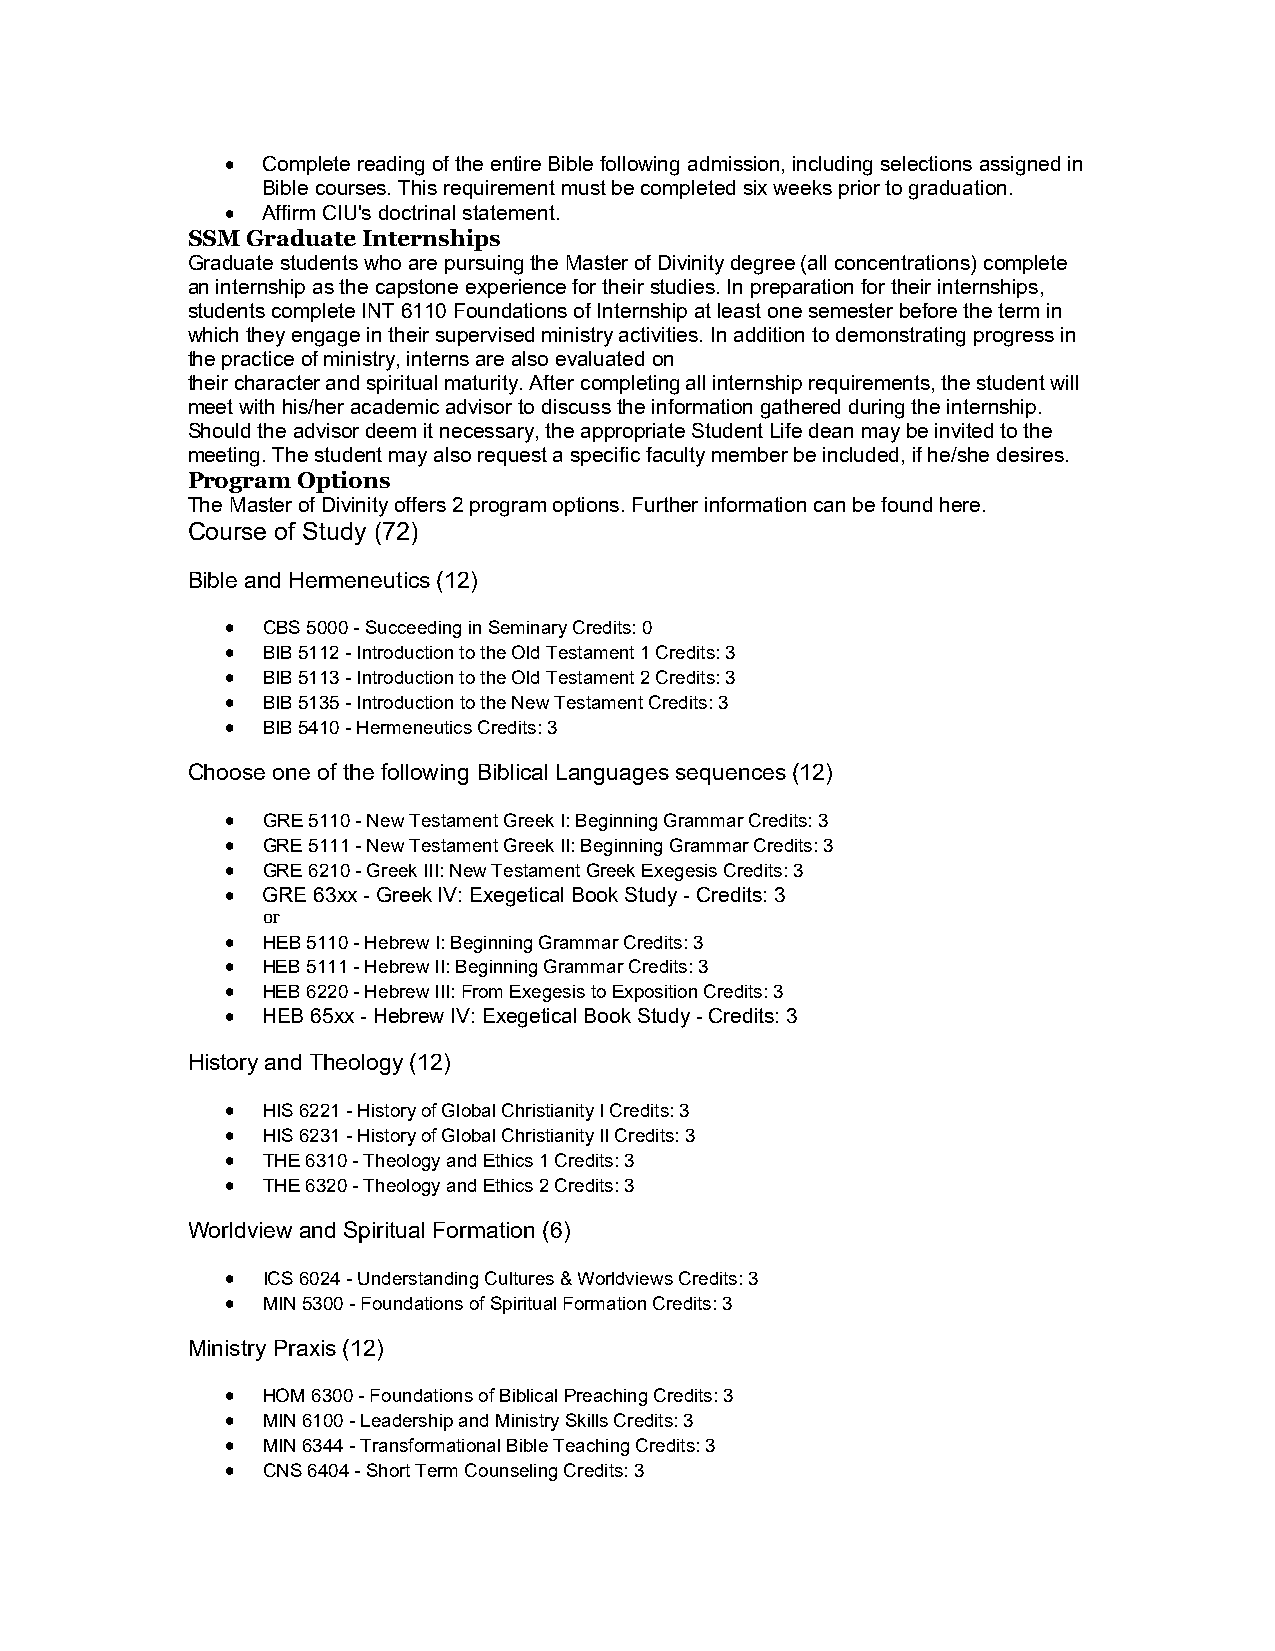
 Complete reading of the entire Bible following admission, including selections assigned in
 Bible courses. This requirement must be completed six weeks prior to graduation.
  Affirm CIU's doctrinal statement.
 SSM Graduate Internships
 Graduate students who are pursuing the Master of Divinity degree (all concentrations) complete
 an internship as the capstone experience for their studies. In preparation for their internships,
 students complete INT 6110 Foundations of Internship at least one semester before the term in
 which they engage in their supervised ministry activities. In addition to demonstrating progress in
 the practice of ministry, interns are also evaluated on
 their character and spiritual maturity. After completing all internship requirements, the student will
 meet with his/her academic advisor to discuss the information gathered during the internship.
 Should the advisor deem it necessary, the appropriate Student Life dean may be invited to the
 meeting. The student may also request a specific faculty member be included, if he/she desires.
 Program Options
 The Master of Divinity offers 2 program options. Further information can be found here.
 Course of Study (72)
 Bible and Hermeneutics (12)
  CBS 5000 - Succeeding in Seminary Credits: 0
  BIB 5112 - Introduction to the Old Testament 1 Credits: 3
  BIB 5113 - Introduction to the Old Testament 2 Credits: 3
  BIB 5135 - Introduction to the New Testament Credits: 3
  BIB 5410 - Hermeneutics Credits: 3
 Choose one of the following Biblical Languages sequences (12)
  GRE 5110 - New Testament Greek I: Beginning Grammar Credits: 3
  GRE 5111 - New Testament Greek II: Beginning Grammar Credits: 3
  GRE 6210 - Greek III: New Testament Greek Exegesis Credits: 3
  GRE 63xx - Greek IV: Exegetical Book Study - Credits: 3
 or
  HEB 5110 - Hebrew I: Beginning Grammar Credits: 3
  HEB 5111 - Hebrew II: Beginning Grammar Credits: 3
  HEB 6220 - Hebrew III: From Exegesis to Exposition Credits: 3
  HEB 65xx - Hebrew IV: Exegetical Book Study - Credits: 3
 History and Theology (12)
  HIS 6221 - History of Global Christianity I Credits: 3
  HIS 6231 - History of Global Christianity II Credits: 3
  THE 6310 - Theology and Ethics 1 Credits: 3
  THE 6320 - Theology and Ethics 2 Credits: 3
 Worldview and Spiritual Formation (6)
  ICS 6024 - Understanding Cultures & Worldviews Credits: 3
  MIN 5300 - Foundations of Spiritual Formation Credits: 3
 Ministry Praxis (12)
  HOM 6300 - Foundations of Biblical Preaching Credits: 3
  MIN 6100 - Leadership and Ministry Skills Credits: 3
  MIN 6344 - Transformational Bible Teaching Credits: 3
  CNS 6404 - Short Term Counseling Credits: 3